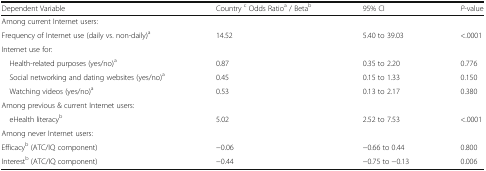
| Dependent Variable | Country c Odds Ratioa / Betab | 95% CI | P-value |
 | --- | --- | --- | --- |
 | <COLSPAN=4> Among current Internet users: |
 | Frequency of Internet use (daily vs. non-daily)a | 14.52 | 5.40 to 39.03 | <.0001 |
 | Internet use for: |  |  |  |
 | Health-related purposes (yes/no)a | 0.87 | 0.35 to 2.20 | 0.776 |
 | Social networking and dating websites (yes/no)a | 0.45 | 0.15 to 1.33 | 0.150 |
 | Watching videos (yes/no)a | 0.53 | 0.13 to 2.17 | 0.380 |
 | <COLSPAN=4> Among previous & current Internet users: |
 | eHealth literacyb | 5.02 | 2.52 to 7.53 | <.0001 |
 | <COLSPAN=4> Among never Internet users: |
 | Efficacyb (ATC/IQ component) | −0.06 | −0.66 to 0.44 | 0.800 |
 | Interestb (ATC/IQ component) | −0.44 | −0.75 to −0.13 | 0.006 |